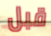
قبل